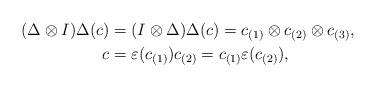
LaTeX: \begin{align*}(\Delta\otimes I)\Delta(c)&=(I\otimes\Delta)\Delta(c)=c_{(1)}\otimes c_{(2)}\otimes c_{(3)},\\c&=\varepsilon(c_{(1)})c_{(2)}=c_{(1)}\varepsilon(c_{(2)}),\end{align*}